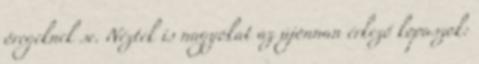
öregeknek se. Néztek is nagyokat az újonnan érkező kopaszok: